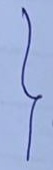
}